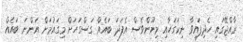
ރާއްޖޭގައި ހެދިފައިވާ ނިކަގަހާއި މިނޫންވެސް އެފަދަ ބައެއް ގަސްގަހަށް މިގައުމަށް އަންނަ ބައެއް